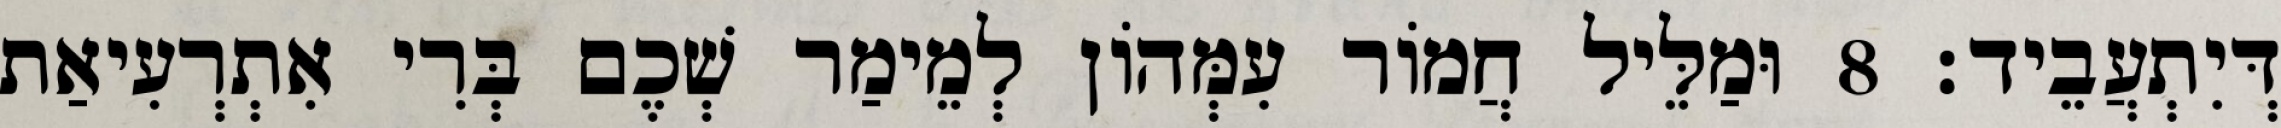
דְּיִתְעֲבֵיד׃ 8 וּמַלֵּיל חֲמוֹר עִמְּהוֹן לְמֵימַר שְׁכֶם בְּרִי אִתְרְעִיאַת